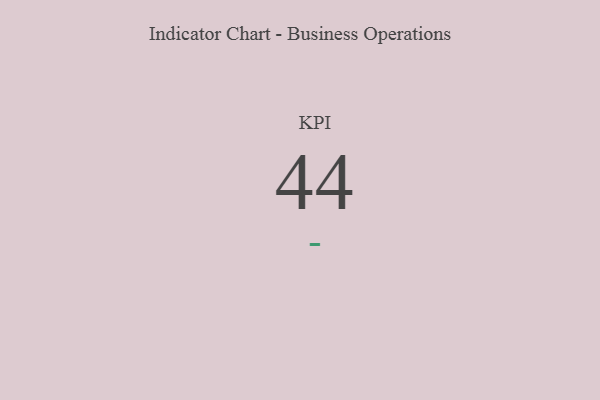
{"axis": {"x": "KPI", "y": "Value"}, "legend": [""], "data": [{"x": "KPI", "y": 44, "type": ""}]}